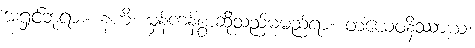
အရှင်ဘုရား။ နဟိ၊ မှန်ကန်စွာဆိုသည်မမည်ရာ။ တံယေဝနိဿာယ၊